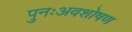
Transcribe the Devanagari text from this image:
पुनःअवशोषण